Civil Veterinary Department. Madras. Admin. report 1910-25 - 1910-1925
Year: 1910
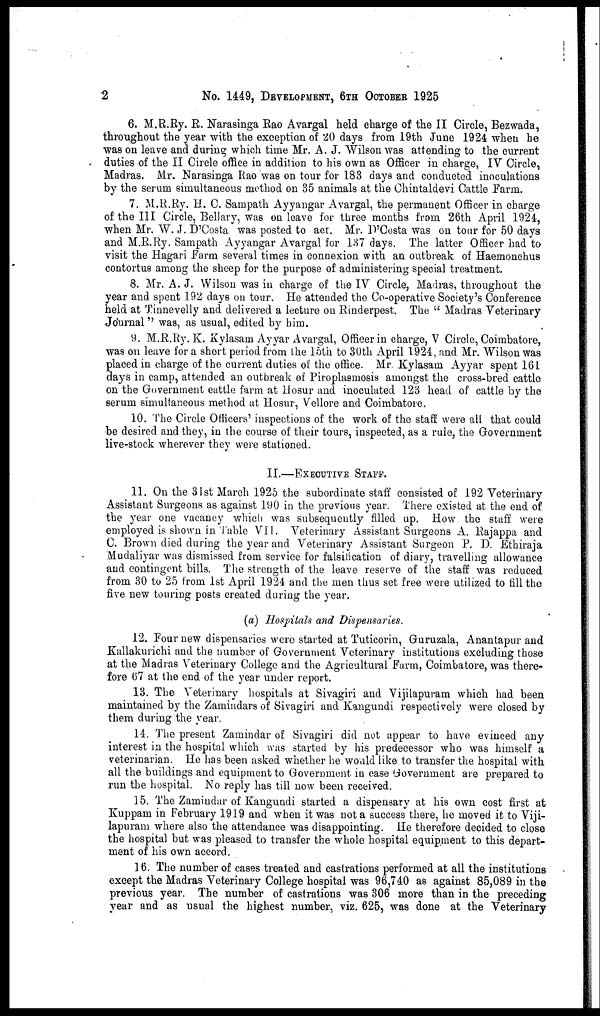
2
No. 1449, DEVELOPMENT, 6TH OCTOBER 1925
6. M.R.Ry. R. Narasinga Rao Avargal held charge of the II Circle, Bezwada,
throughout the year with the exception of 20 days from 19th June 1924 when he
was on leave and during which time Mr. A. J. Wilson was attending to the current
duties of the II Circle office in addition to his own as Officer in charge, IV Circle,
Madras. Mr. Narasinga Rao was on tour for 183 days and conducted inoculations
by the serum simultaneous method on 35 animals at the Chintaldevi Cattle Farm,
7. M.R.Ry. H. C. Sampath Ayyangar Avargal, the permanent Officer in charge
of the III Circle, Bellary, was on leave for three months from 26th April 1924,
when Mr. W. J. D'Costa was posted to act. Mr. D'Costa was on tour for 50 days
and M.R.Ry. Sampath Ayyangar Avargal for 137 days. The latter Officer had to
visit the Hagari Farm several times in connexion with an outbreak of Haemonchus
contortus among the sheep for the purpose of administering special treatment.
8. Mr. A. J. Wilson was in charge of the IV Circle, Madras, throughout the
year and spent 192 days on tour. He attended the Co-operative Society's Conference
held at Tinnevelly and delivered a lecture on Rinderpest. The "Madras Veterinary
Journal" was, as usual, edited by him.
9. M.R.Ry. K. Kylasam Ayyar Avargal, Officer in charge, V Circle, Coimbatore,
was on leave for a short period from the loth to 30th April 1924, and Mr. Wilson was
placed in charge of the current duties of the office. Mr. Kylasam Ayyar spent 161
days in camp, attended an outbreak of Piroplasmosis amongst the cross-bred cattle
on the Government cattle farm at Hosur and inoculated 123 head of cattle by the
serum simultaneous method at Hosur, Vellore and Coimbatore.
10. The Circle Officers' inspections of the work of the staff were all that could
be desired and they, in the course of their tours, inspected, as a rule, the Government
live-stock wherever they were stationed.
II.—EXECUTIVE STAFF.
11. On the 31st March 1925 the subordinate staff consisted of 192 Veterinary
Assistant Surgeons as against 190 in the previous year. There existed at the end of
the year one vacancy which was subsequently filled up. How the staff were
employed is shown in Table VII. Veterinary Assistant Surgeons A. Rajappa and
C. Brown died during the year and Veterinary Assistant Surgeon P. D. Ethiraja
Mudaliyar was dismissed from service for falsification of diary, travelling allowance
and contingent bills. The strength of the leave reserve of the staff was reduced
from 30 to 25 from 1st April 1924 and the men thus set free were utilized to fill the
five new touring posts created during the year.
(a) Hospitals and Dispensaries.
12. Four new dispensaries were started at Tuticorin, Guruzala, Anantapur and
Kallakurichi and the number of Government Veterinary institutions excluding those
at the Madras Veterinary College and the Agricultural Farm, Coimbatore, was there-
fore 67 at the end of the year under report.
13. The Veterinary hospitals at Sivagiri and Vijilapuram which had been
maintained by the Zamindars of Sivagiri and Kangundi respectively were closed by
them during the year.
14. The present Zamindar of Sivagiri did not appear to have evinced any
interest in the hospital which was started by his predecessor who was himself a
veterinarian. He has been asked whether he would like to transfer the hospital with
all the buildings and equipment to Government in case Government are prepared to
run the hospital. No reply has till now been received.
15. The Zamindar of Kangundi started a dispensary at his own cost first at
Kuppam in February 1919 and when it was not a success there, he moved it to Viji-
lapuram where also the attendance was disappointing. He therefore decided to close
the hospital but was pleased to transfer the whole hospital equipment to this depart-
ment of his own accord.
16. The number of cases treated and castrations performed at all the institutions
except the Madras Veterinary College hospital was 96,740 as against 85,089 in the
previous year. The number of castrations was 306 more than in the preceding
year and as usual the highest number, viz. 625, was done at the Veterinary